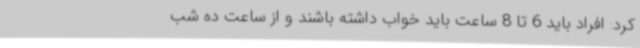
کرد: افراد باید 6 تا 8 ساعت باید خواب داشته باشند و از ساعت ده شب